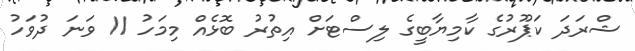
ޝްރަދަ ކަޕޫރުގެ ކާމިޔާބީގެ ލިސްޓަށް އިތުރު ބޮޅެއް މިމަހު 11 ވަނަ ދުވަހު